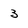
Character: 3